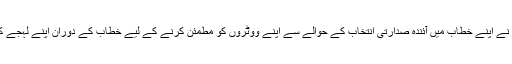
صدر ٹرمپ نے اپنے خطاب میں آئندہ صدارتی انتخاب کے حوالے سے اپنے ووٹروں کو مطمئن کرنے کے لیے خطاب کے دوران اپنے لہجے کو نرم رکھا۔